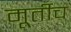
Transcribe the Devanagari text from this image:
मूर्तीच